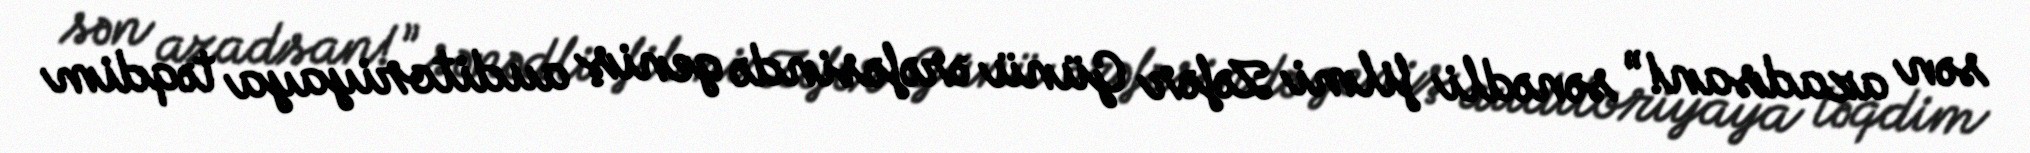
sən azadsan!” sənədli filmi Zəfər Günü ərəfəsində geniş auditoriyaya təqdim